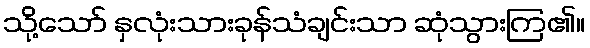
သို့သော် နှလုံးသားခုန်သံချင်းသာ ဆုံသွားကြ၏။